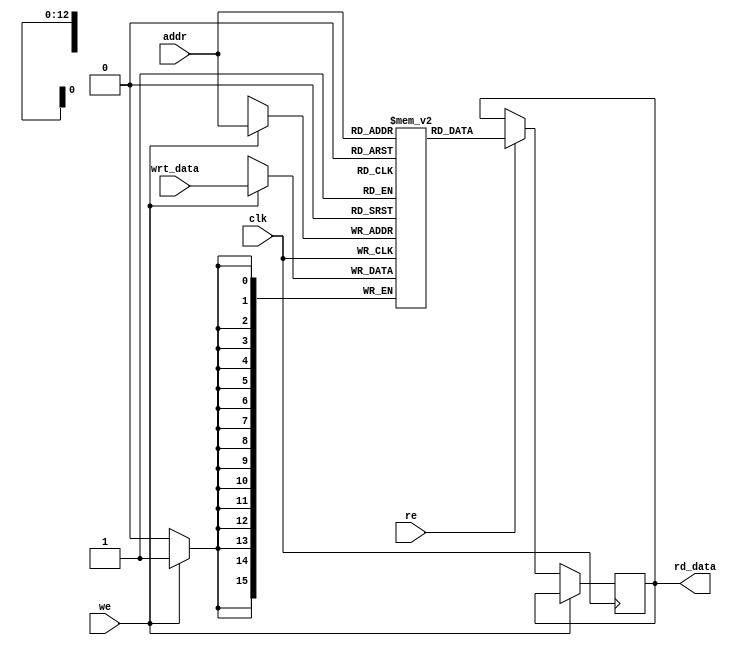
module data_mem(clk, we, re, addr, wrt_data, rd_data); 

	input clk; 					// clock system
	input we, re;					// write enable
	input [12:0] addr; 
	input [15:0] wrt_data; 
	output reg [15:0] rd_data; 

	reg [15:0] mem [8191:0]; 

	always @(negedge clk) begin
		if (we) 
			mem[addr] <= wrt_data; 
		else if (re)
			rd_data <= mem[addr];
	end

endmodule